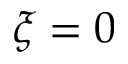
\xi = 0